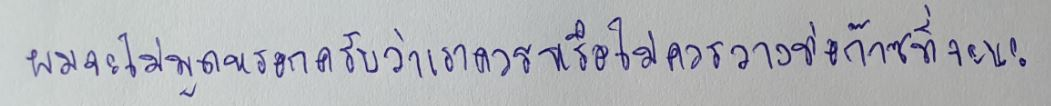
ผมจะไม่พูดหรอกครับว่าเราควรหรือไม่ควรวางท่อก๊าซที่จะนะ